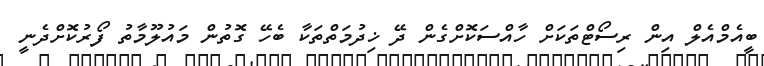
ބީއެމްއެލް އިން ރިސޯޓްތަކަށް ހާއްސަކޮށްގެން ދޭ ޚިދުމަތްތަކާ ބެހޭ ގޮތުން މައުލޫމާތު ފޯރުކޮށްދެނީ